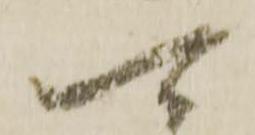
可